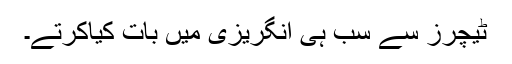
ٹیچرز سے سب ہی انگریزی میں بات کیاکرتے۔